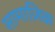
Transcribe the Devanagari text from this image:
सामाज़िक